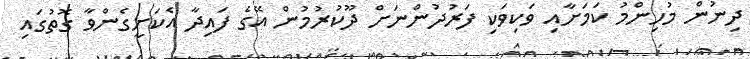
ދިނުން މުހިންމު ކަމަށާއި ވަކިވަކި ފަރުދުންނަށް ދޫކުރުމުން އޭގެ ފައިދާ އެކަށީގެންވާ ގޮތުގައި